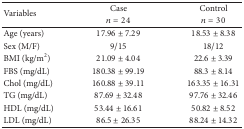
<table><thead><tr><td rowspan="2"><b>Variables </b></td><td><b>Case </b></td><td><b>Control</b></td></tr><tr><td><b><i>n</i> = 24</b></td><td><b><i>n</i> = 30</b></td></tr></thead><tbody><tr><td>Age (years)</td><td>17.96 ± 7.29</td><td>18.53 ± 8.38</td></tr><tr><td>Sex (M/F)</td><td>9/15</td><td>18/12</td></tr><tr><td>BMI (kg/m<sup>2</sup>)</td><td>21.09 ± 4.04</td><td>22.6 ± 3.39</td></tr><tr><td>FBS (mg/dL)</td><td>180.38 ± 99.19</td><td>88.3 ± 8.14</td></tr><tr><td>Chol (mg/dL)</td><td>160.88 ± 39.11</td><td>163.35 ± 16.31</td></tr><tr><td>TG (mg/dL)</td><td>87.69 ± 32.48</td><td>97.76 ± 32.46</td></tr><tr><td>HDL (mg/dL)</td><td>53.44 ± 16.61</td><td>50.82 ± 8.52</td></tr><tr><td>LDL (mg/dL)</td><td>86.5 ± 26.35</td><td>88.24 ± 14.32</td></tr></tbody></table>